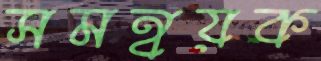
সমন্বয়ক